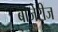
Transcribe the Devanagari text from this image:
बाजेरीज